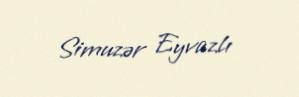
Simuzər Eyvazlı